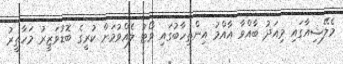
މެލޭޝިއާގައި މިއަދު ބާއްވާ އާއްމު އިންތިހާބުގައި ވޯޓު ލެއްވުމަށް ކުރީގެ ބޮޑުވަޒީރު މަހާތީރު